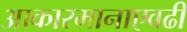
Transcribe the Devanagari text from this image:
आकारमानाएवढी